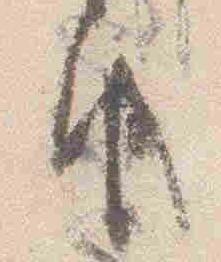
由